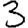
Digit: 3